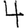
Digit: 4